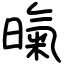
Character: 暣